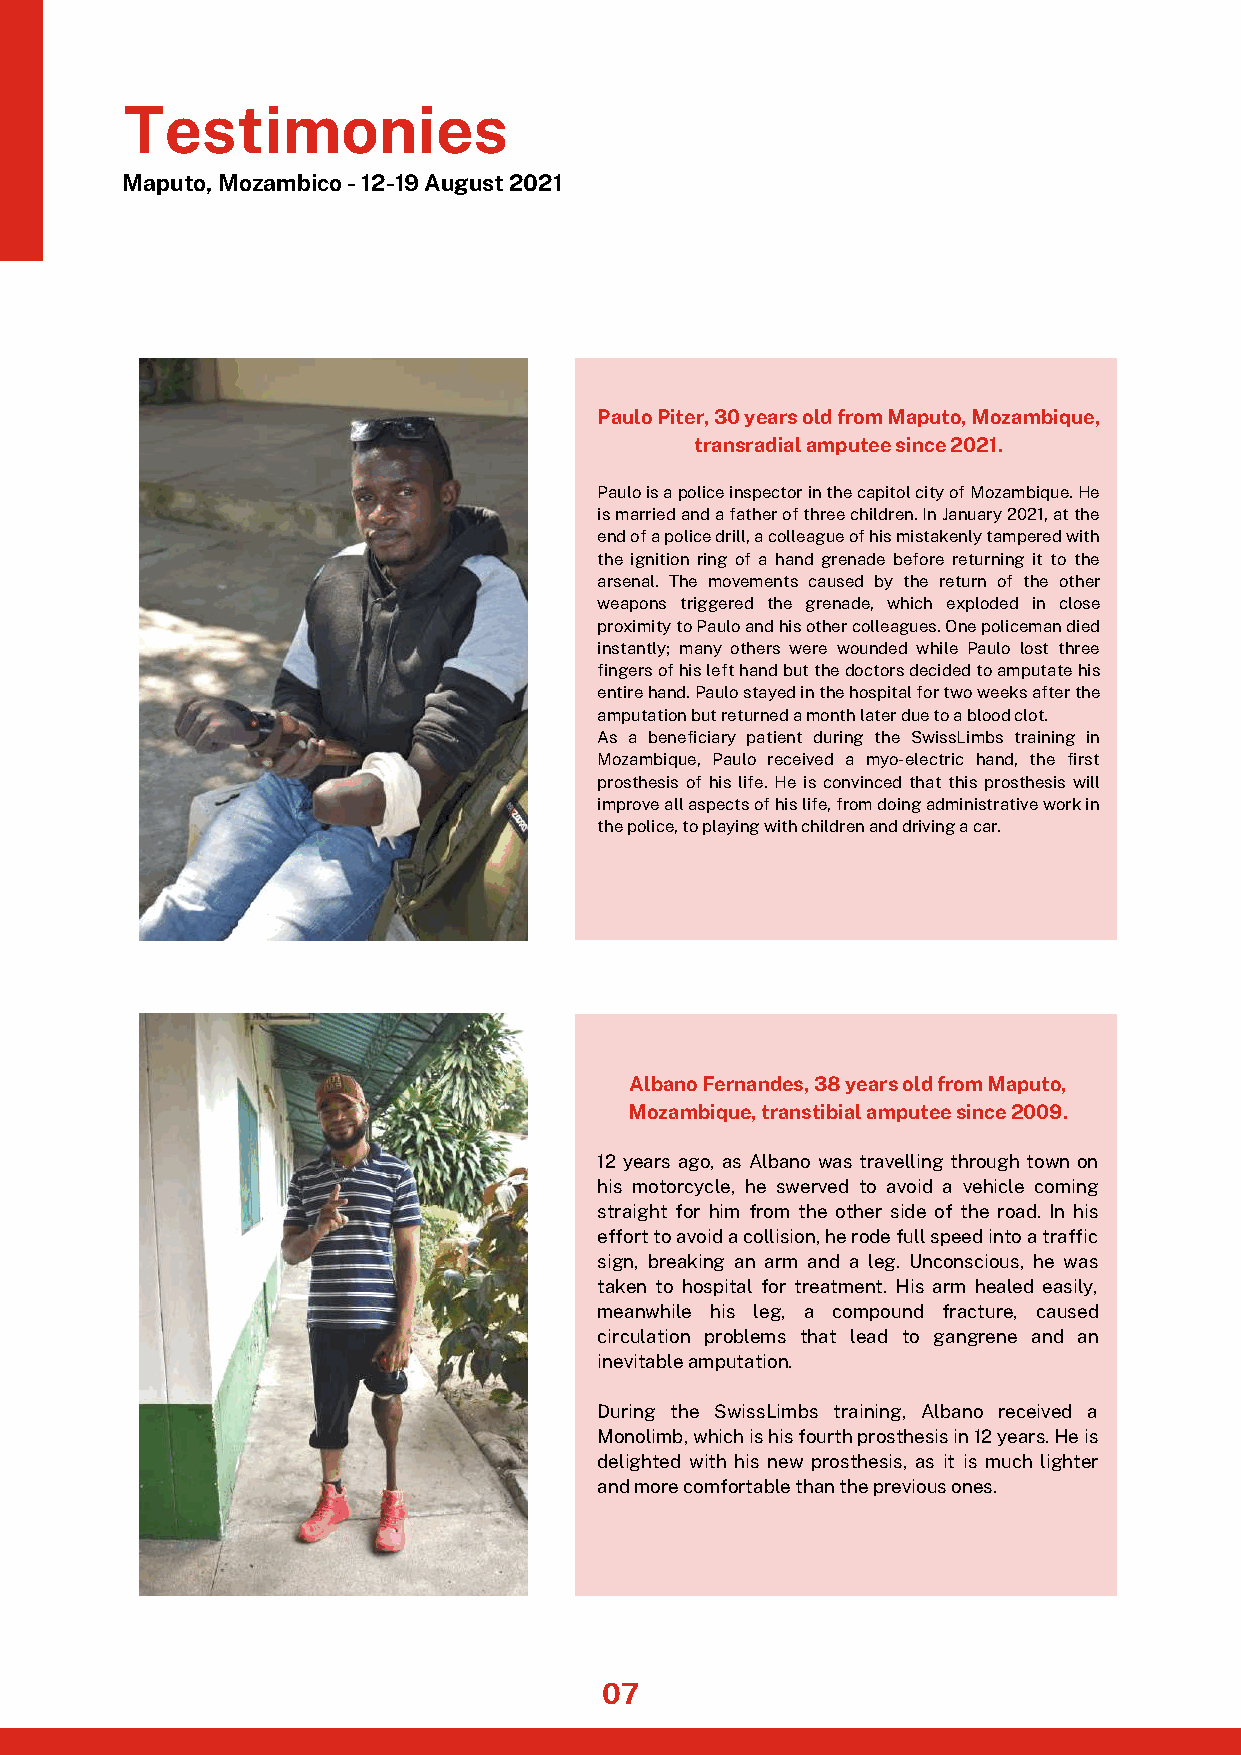
Testimonies
 Maputo, Mozambico - 12-19 August 2021
 Paulo Piter, 30 years old from Maputo, Mozambique,
 transradial amputee since 2021.
 Paulo is a police inspector in the capitol city of Mozambique. He
 is married and a father of three children. In January 2021, at the
 end of a police drill, a colleague of his mistakenly tampered with
 the ignition ring of a hand grenade before returning it to the
 arsenal. The movements caused by the return of the other
 weapons triggered the grenade, which exploded in close
 proximity to Paulo and his other colleagues. One policeman died
 instantly; many others were wounded while Paulo lost three
 fingers of his left hand but the doctors decided to amputate his
 entire hand. Paulo stayed in the hospital for two weeks after the
 amputation but returned a month later due to a blood clot.
 As a beneficiary patient during the SwissLimbs training in
 Mozambique, Paulo received a myo-electric hand, the first
 prosthesis of his life. He is convinced that this prosthesis will
 improve all aspects of his life, from doing administrative work in
 the police, to playing with children and driving a car.
 Albano Fernandes, 38 years old from Maputo,
 Mozambique, transtibial amputee since 2009.
 12 years ago, as Albano was travelling through town on
 his motorcycle, he swerved to avoid a vehicle coming
 straight for him from the other side of the road. In his
 effort to avoid a collision, he rode full speed into a traffic
 sign, breaking an arm and a leg. Unconscious, he was
 taken to hospital for treatment. His arm healed easily,
 meanwhile his leg, a compound fracture, caused
 circulation problems that lead to gangrene and an
 inevitable amputation.
 During the SwissLimbs training, Albano received a
 Monolimb, which is his fourth prosthesis in 12 years. He is
 delighted with his new prosthesis, as it is much lighter
 and more comfortable than the previous ones.
 07